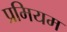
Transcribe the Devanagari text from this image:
प्रमियम